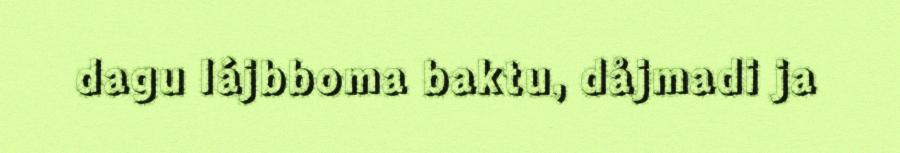
dagu lájbboma baktu, dåjmadi ja